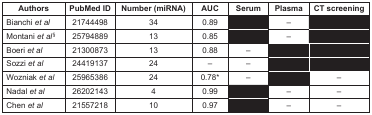
| Authors | PubMed ID | Number (miRNA) | AUC | Serum | Plasma | CT screening |
 | --- | --- | --- | --- | --- | --- | --- |
 | Bianchi et al | 21744498 | 34 | 0.89 | – | – | – |
 | Montani et al§ | 25794889 | 13 | 0.85 | – | – | – |
 | Boeri et al | 21300873 | 13 | 0.88 | – | – | – |
 | Sozzi et al | 24419137 | 24 | – | – | – | – |
 | Wozniak et al | 25965386 | 24 | 0.78* | – | – | – |
 | Nadal et al | 26202143 | 4 | 0.99 | – | – | – |
 | Chen et al | 21557218 | 10 | 0.97 | – | – | – |